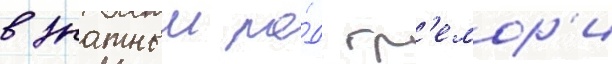
в знатныи ро́д гр'емор'и